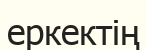
еркектің